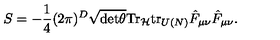
S = - \frac { 1 } { 4 } ( 2 \pi ) ^ { D } \sqrt { \mathrm { d e t } \theta } \mathrm { T r } _ { \mathcal { H } } \mathrm { t r } _ { U ( N ) } \hat { F } _ { \mu \nu } \hat { F } _ { \mu \nu } .